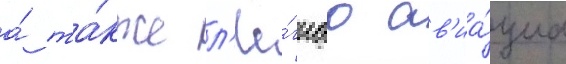
а́ та́кже л'ё́гкаа ав'иа́циа